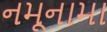
નમૂનામા